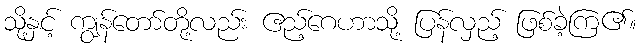
သို့နှင့် ကျွန်တော်တို့လည်း ဧည့်ဂေဟာသို့ ပြန်လှည့် ဖြစ်ခဲ့ကြ၏။